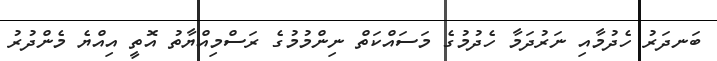
ބަނދަރު ހެދުމާއި ނަރުދަމާ ހެދުމުގެ މަސައްކަތް ނިންމުމުގެ ރަސްމިއްޔާތު އޮތީ އިއްޔެ މެންދުރު